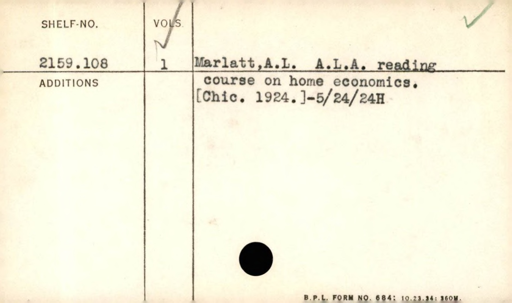
Label: content